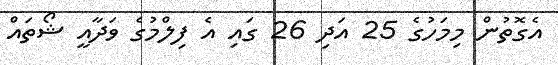
އެގޮތުން މިމަހުގެ 25 އަދި 26 ގައި އެ ފިލްމުގެ ވަދާއީ ޝޯތައް